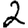
Digit: 2